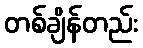
တစ်ချိန်တည်း